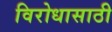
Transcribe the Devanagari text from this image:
विरोधासाठी